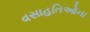
વસાહતિઓના